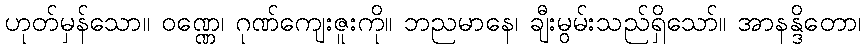
ဟုတ်မှန်သော။ ဝဏ္ဏေ၊ ဂုဏ်ကျေးဇူးကို။ ဘညမာနေ၊ ချီးမွမ်းသည်ရှိသော်။ အာနန္ဒိတော၊